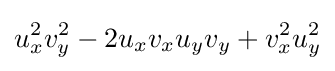
u_{x}^{2}v_{y}^{2}-2u_{x}v_{x}u_{y}v_{y}+v_{x}^{2}u_{y}^{2}